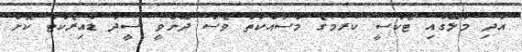
އަދި މާލޭގައި ޓެކްސީ ކުރުމުގެ މަސައްކަތް ވެސް ދޭންވީ ސީދާ ޑައިރެކްޓް ކޮށް